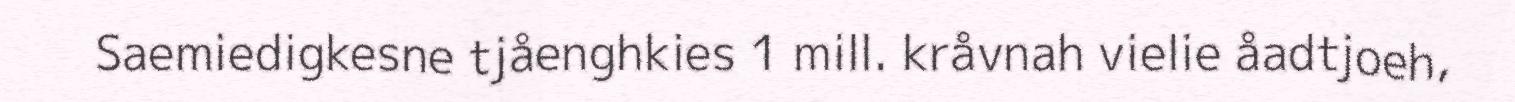
Saemiedigkesne tjåenghkies 1 mill. kråvnah vielie åadtjoeh,